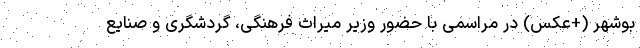
بوشهر (+عکس) در مراسمی با حضور وزیر میراث فرهنگی، گردشگری و صنایع